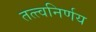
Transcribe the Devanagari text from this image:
तत्त्वनिर्णय